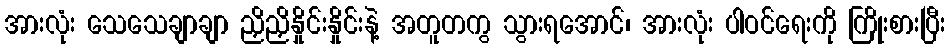
အားလုံး သေသေချာချာ ညှိညှိနှိုင်းနှိုင်းနဲ့ အတူတကွ သွားရအောင်၊ အားလုံး ပါဝင်ရေးကို ကြိုးစားပြီး